Vaccination report Assam 1874-1896 - 1874-1896
Year: 1874
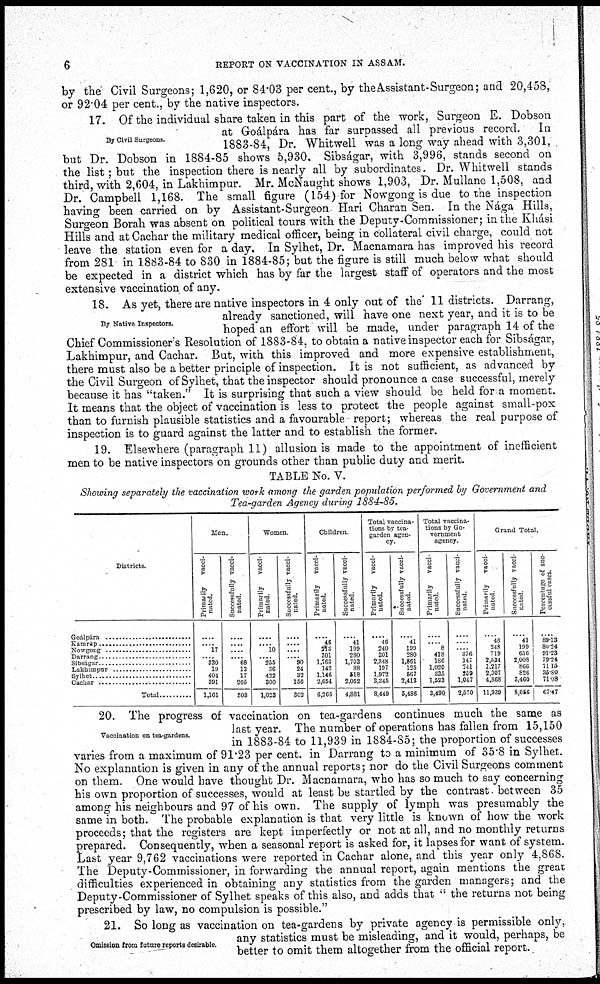
6
REPORT ON VACCINATION IN ASSAM.
by the Civil Surgeons; 1,620, or 84.03 per cent., by the Assistant-Surgeon; and 20,458,
or 92.04 per cent., by the native inspectors.
By Civil Surgeons.
17. Of the individual share taken in this part of the work, Surgeon E. Dobson
at Goálpára has far surpassed all previous record. In
1883-84, Dr. Whitwell was a long way ahead with 3,301,
but Dr. Dobson in 1884-85 shows 5,930. Sibságar, with 3,996, stands second on
the list; but the inspection there is nearly all by subordinates. Dr. Whitwell stands
third, with 2,604, in Lakhimpur. Mr. McNaught shows 1,903, Dr. Mullane 1,508, and
Dr. Campbell 1,168. The small figure (154) for Nowgong is due to the inspection
having been carried on by Assistant-Surgeon. Hari Charan Sen. In the Nága Hills,
Surgeon Borah was absent on political tours with the Deputy-Commissioner; in the Khási
Hills and at Cachar the military medical officer, being in collateral civil charge, could not
leave the station even for a day. In Sylhet, Dr. Macnamara has improved his record
from 281 in 1883-84 to 830 in 1884-85; but the figure is still much below what should
be expected in a district which has by far the largest staff of operators and the most
extensive vaccination of any.
By Native Inspectors.
18. As yet, there are native inspectors in 4 only out of the 11 districts. Darrang,
already sanctioned, will have one next year, and it is to be
hoped an effort will be made, under paragraph 14 of the
Chief Commissioner's Resolution of 1883-84, to obtain a native inspector each for Sibságar,
Lakhimpur, and Cachar. But, with this improved and more expensive establishment,
there must also be a better principle of inspection. It is not sufficient, as advanced by
the Civil Surgeon of Sylhet, that the inspector should pronounce a case successful, merely
because it has "taken." It is surprising that such a view should be held for a moment.
It means that the object of vaccination is less to protect the people against small-pox
than to furnish plausible statistics and a favourable report; whereas the real purpose of
inspection is to guard against the latter and to establish the former.
19. Elsewhere (paragraph 11) allusion is made to the appointment of inefficient
men to be native inspectors on grounds other than public duty and merit.
TABLE No. V.
Showing separately the vaccination work among the garden population performed by Government and
Tea-garden Agency during 1884-85.
Districts.
Goálpára ........................
Kamrúp ........................
Nowgong ........................
Darrang ........................
Sibsagar ....................
Lakhimpur ............................
Sylhet ....................
Cachar ....................
Total ............
Men.
Primarily
vacci-
nated.
....
.... 17
.... 330
19
404
391
1,161
Successfully vacci-
nated
....
....
....
.... 68
13
17
205
303
Women
Primarily
vacci-
nated
....
.... 10
.... 255
36
422
300
1,023
Successfully vacci-
nated.
....
....
....
.... 90
24
32
156
302
Children
Primarily
vacci-
nated.
....
46
213 301
1,763
142
1,146
2,654
6,265
Successfully vacci-
nated
....
41
199
280
1,703
88
518
2,052
4,881
Total vaccina-
tions by tea¬
garden agen-
cy.
Primarily vacci-
nated.
....
46
240
301
2,348
197
1,972
3,345
8,449
Successfully vacci-
nated.
....
41
199
280
1,861
125
567
2,413
5,486
Total vaccina-
tions by Go-
vernment
agency.
Primarily
vacci-
nated.
....
.... 8
418
186
1,020
335
1,523
3,490
Successfully vacci-
nated
....
....
.... 376
147
741
259
1,047
2,570
Grand Total.
Primarily
vacci-
nated
....
46
248
719
2,534
1,217
2,307
4,868
11,939
Successfully vacci-
nated
....
41
199
656
2,008
866
826
3,460
8,056
Percentage of suc¬
ussful cases.
....
89.13
80.24
91.23
79.24
71.15
35.80
71.08
67.47
Vaccination on tea-gardens.
20. The progress of vaccination on tea-gardens continues much the same as
last year. The number of operations has fallen from 15,150
in 1883-84 to 11,939 in 1884-85; the proportion of successes
varies from a maximum of 91.23 per cent. in Darrang to a minimum of 35.8 in Sylhet.
No explanation is given in any of the annual reports; nor do the Civil Surgeons comment
on them. One would have thought Dr. Macnamara, who has so much to say concerning
his own proportion of successes, would at least be startled by the contrast between 35
among his neighbours and 97 of his own. The supply of lymph was presumably the
same in both. The probable explanation is that very little is known of how the work
proceeds; that the registers are kept imperfectly or not at all, and no monthly returns
prepared. Consequently, when a seasonal report is asked for, it lapses for want of system.
Last year 9,762 vaccinations were reported in Cachar alone, and this year only 4,868.
The Deputy-Commissioner, in forwarding the annual report, again mentions the great
difficulties experienced in obtaining any statistics from the garden managers; and the
Deputy-Commissioner of Sylhet speaks of this also, and adds that " the returns not being
prescribed by law, no compulsion is possible."
Omission from future reports desirable.
21. So long as vaccination on tea-gardens by private agency is permissible only,
any statistics must be misleading, and it would, perhaps, be
better to omit them altogether from the official report.